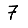
Digit: 7